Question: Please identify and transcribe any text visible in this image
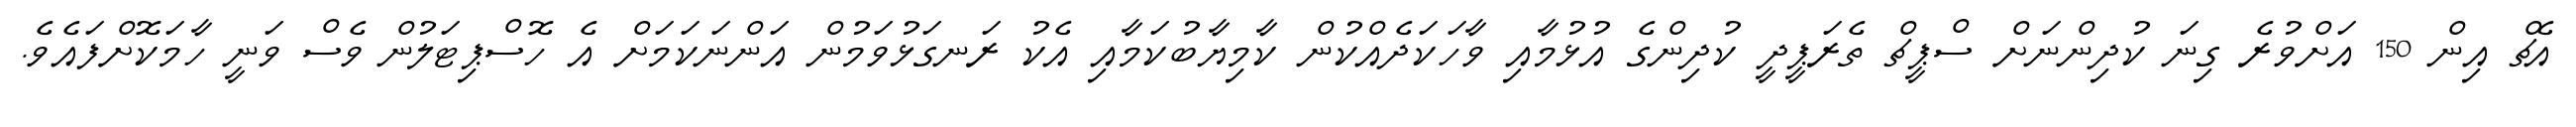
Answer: އެޗް އިން 150 އަށްވުރެ ގިނަ ކުދިންނަށް ސްޕީޗް ތެރަޕީދީ ކުދިންގެ އުޅުމާއި ވާހަކަދެއްކުން ކާމިޔާބުކަމާއި އެކު ރަނގަޅުވަމުން އަންނަކަމަށް އެ ހޮސްޕިޓަލުން ވެސް ވަނީ ހާމަކޮށްފައެވެ.